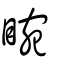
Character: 睕